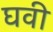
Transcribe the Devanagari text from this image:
घवी